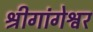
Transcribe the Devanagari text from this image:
श्रीगांगेश्वर